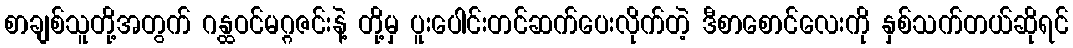
စာချစ်သူတို့အတွက် ဂန္ထဝင်မဂ္ဂဇင်းနဲ့ တို့မှ ပူးပေါင်းတင်ဆက်ပေးလိုက်တဲ့ ဒီစာစောင်လေးကို နှစ်သက်တယ်ဆိုရင်